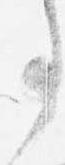
事